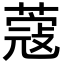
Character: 蔻